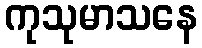
ကုသုမာသနေ